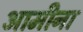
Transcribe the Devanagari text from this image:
आमीना